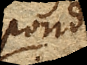
pondus